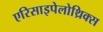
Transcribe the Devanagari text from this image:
एरिसाइपेलोथ्रिक्स